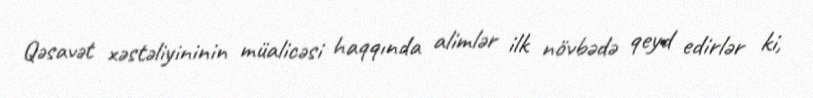
Qəsavət xəstəliyininin müalicəsi haqqında alimlər ilk növbədə qeyd edirlər ki,